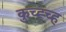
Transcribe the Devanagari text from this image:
कुच्ह्च्ह